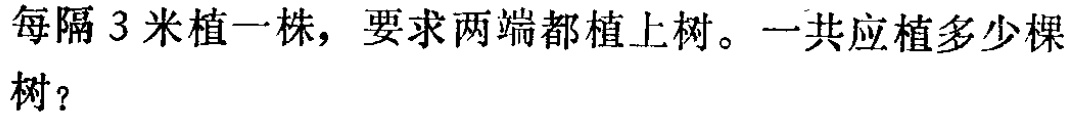
每隔 3 米植一株，要求两端都植上树。一共应植多少棵树？